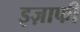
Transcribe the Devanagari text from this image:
इज़ाफी